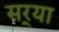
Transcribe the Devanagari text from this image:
सर्‍या